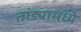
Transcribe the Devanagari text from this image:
तांड्यामध्ये